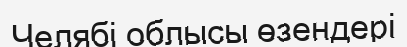
Челябі облысы өзендері